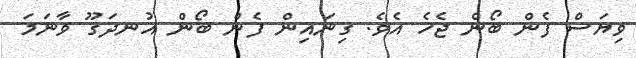
ވިޔަސް ފެން ބޯން ޖެހެ އެވެ. ގިނައިން ފެން ބޯން އުނދަގޫ ވާނަމަ